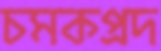
চমকপ্রদ